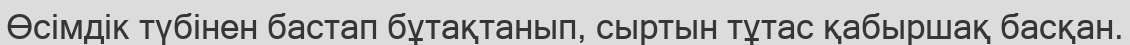
Өсімдік түбінен бастап бұтақтанып, сыртын тұтас қабыршақ басқан.